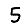
Digit: 5